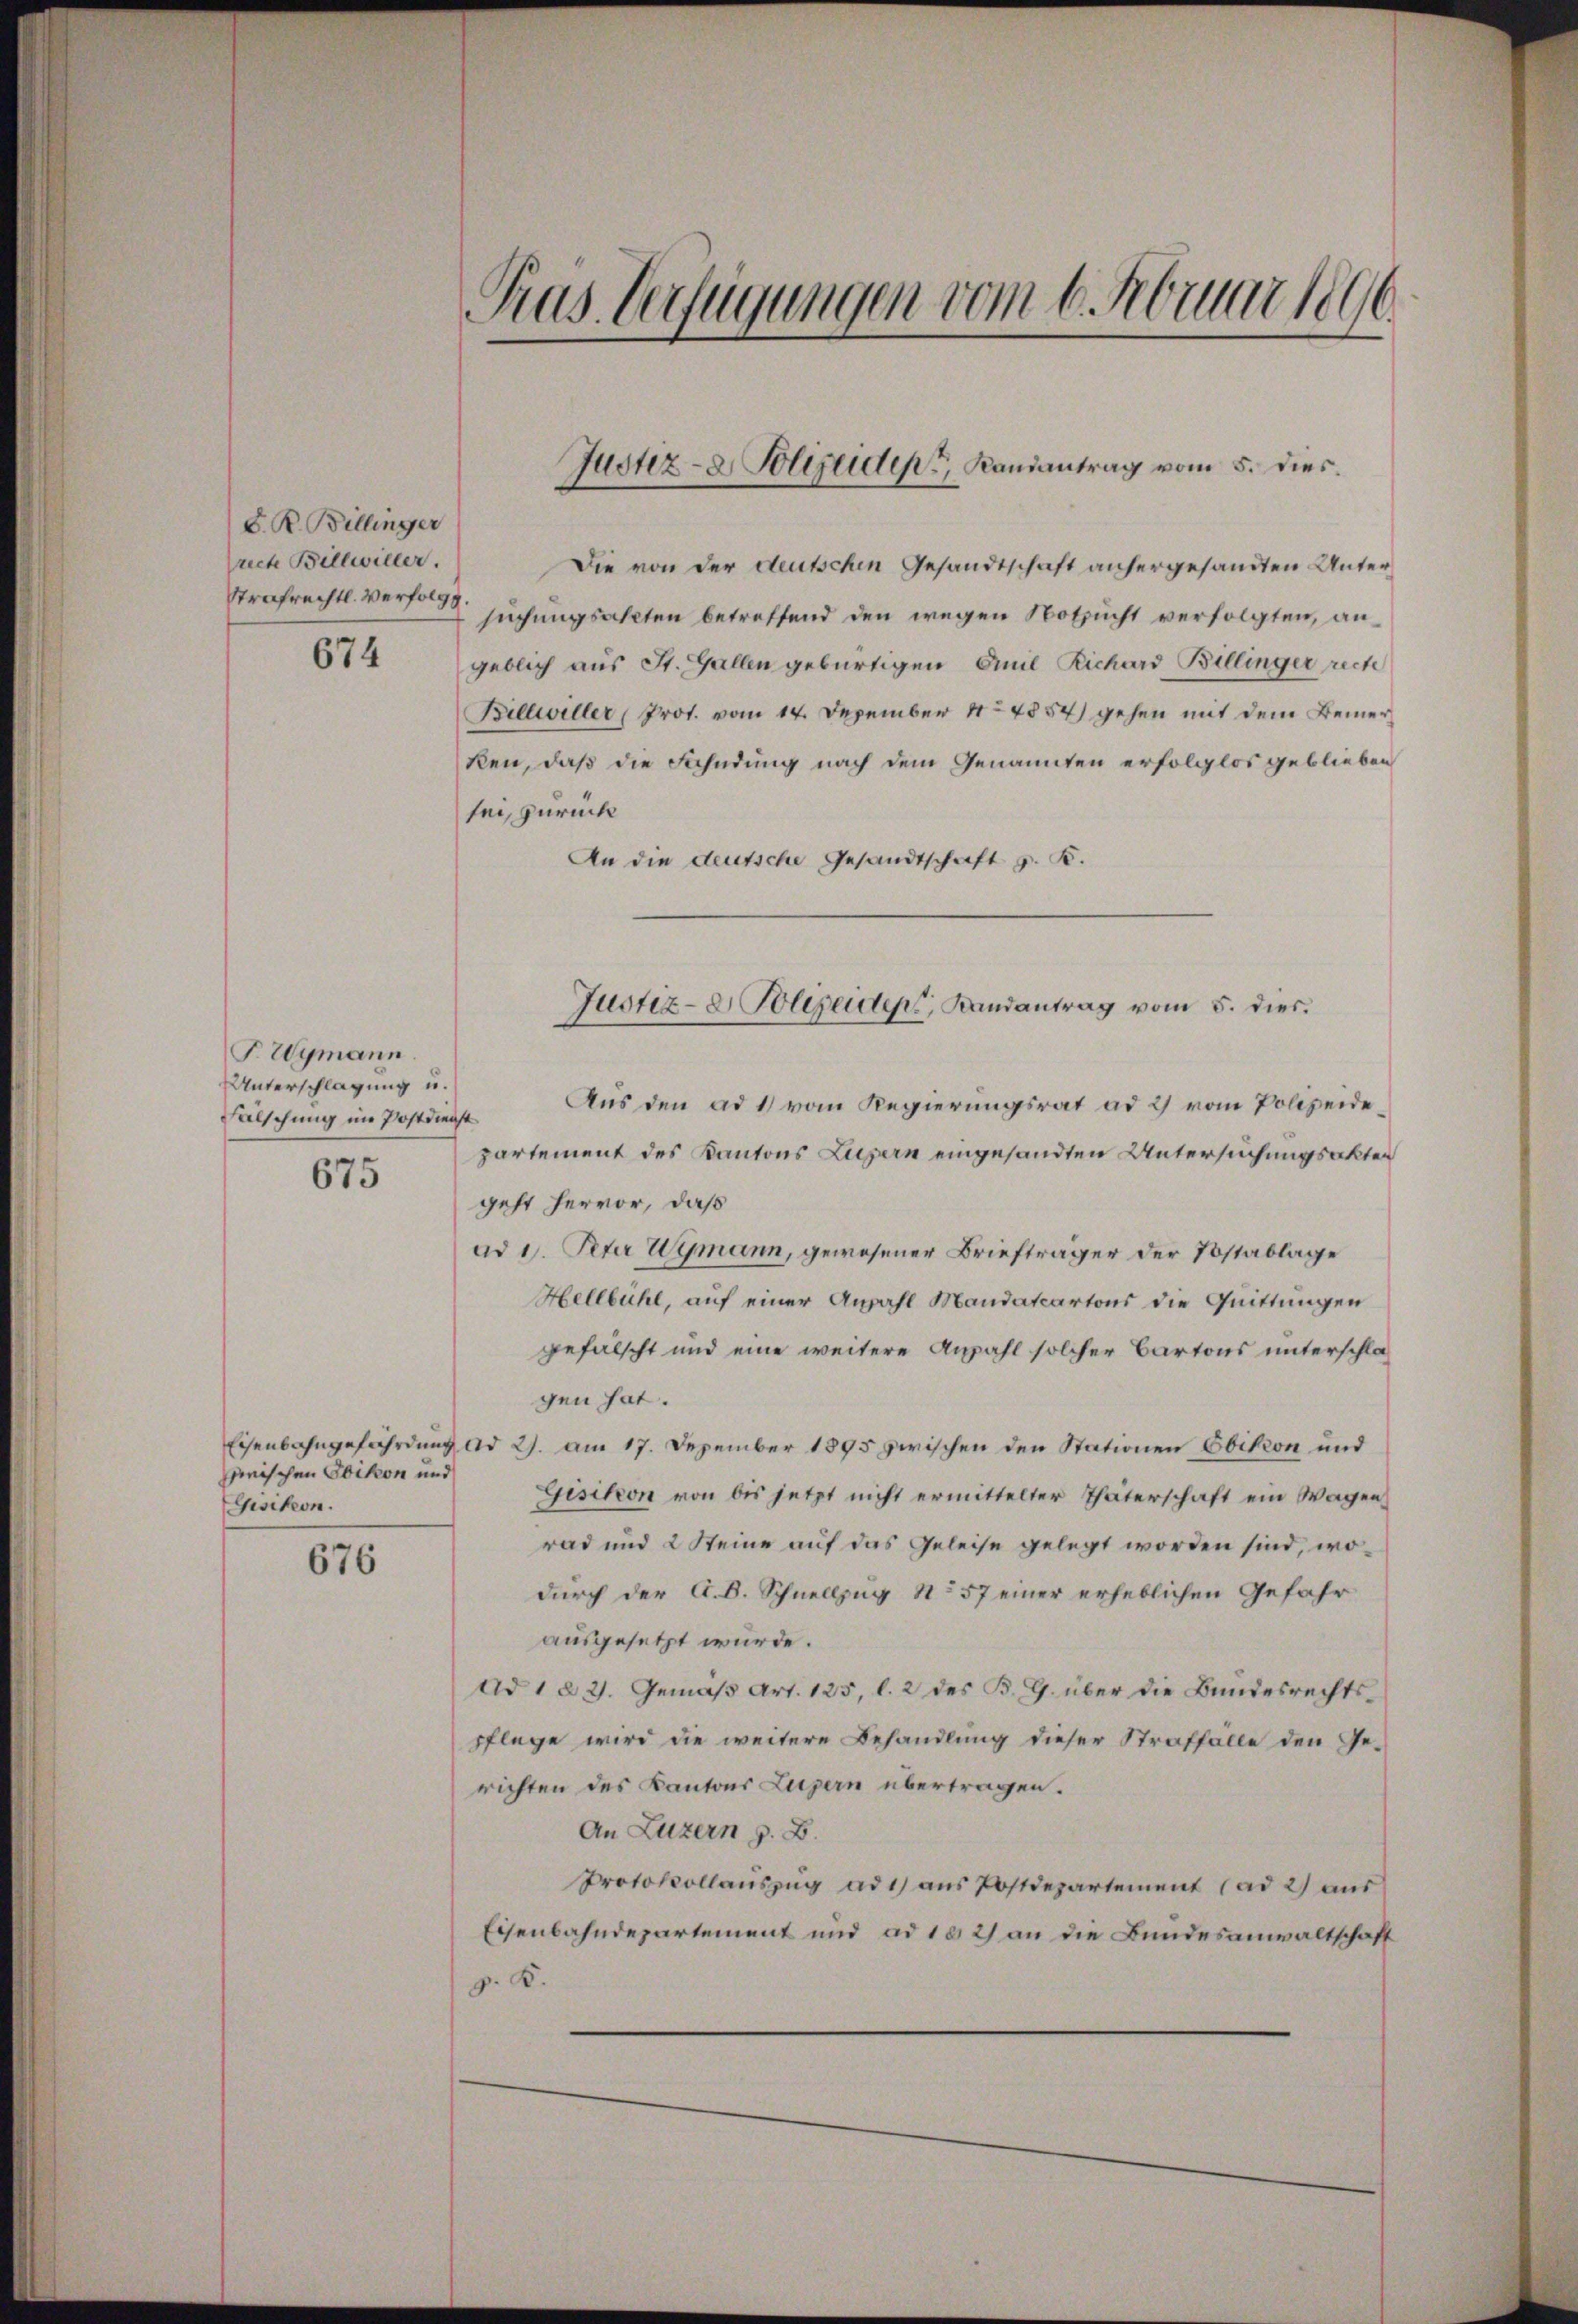
S. R. Billinger
recte Billwiller.
Strafrechtl. Verfolgt

674

F. Wymann.
Unterschlagung u.
Fälschung im Postdienst
675

Aus den ad 11 vom Regierungsrat ad 2) vom Polizeidepartement des Kantons Luzern eingesandten Untersuchungsakter
geht hervor, daß
ad 1. Peter Wymann, gewesener Briefträger der Postablage
Hellbühl, auf einer Anzahl Mandatartons die Quittungen
gefälscht und eine weitere Anzahl solcher Bartons unterschlagen hat.
Eisenbahngefährdung ad 2. am 17. Dezember 1895 zwischen den Stationen Ebikon und
Gisikon von bis jetzt nicht ermittelter Thäterschaft ein Wagen
rad und 2 Steine auf das Geleise gelegt worden sind, wodurch der A. B. Schnellzug No 57 einer erheblichen Gefahr
ausgesetzt wurde.
Ad 1 § 2. Gemäβ Art. 125, l. 2 des B. G. über die Bundesrechts-
pflege wird die weitere Behandlung dieser Straffälle den Gerichten des Kantons Luzern übertragen.
An Luzern z. B.
Protokollauszug ad 1) aus Postdepartement (ad 2) aus
Eisenbahndepartement und ad 102) an die Bundesanwaltschaft
p. K.

enischen Obikon und
Gisikon.

676

Gras Verfügungen vom 6. Februar 1890

Die von der deutschen Gesandtschaft anhergesandten Untersuchungsakten betreffend den wegen Notzucht verfolgten, angeblich aus St. Gallen gebürtigen Anil Richard Billinger recte
Billwiller, Prot. vom 14. Dezember 184854) gehen mit dem Bemerken, daß die Fahndung nach dem Genannten erfolglos geblieben
sei, zurück
An die deutsche Gesandtschaft z. B.

Justiz- & Polizeiden Randantrag vom 5. dies

Justiz- & Polizeiden, Landantrag vom 5. dies